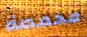
محمصة